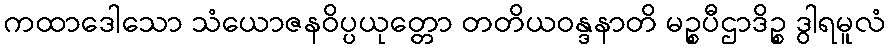
ကထာဒေါသော သံယောဇနဝိပ္ပယုတ္တော တတိယဝန္ဒနာတိ မဉ္စပီဌာဒိဉ္စ ဒွါရမူလံ